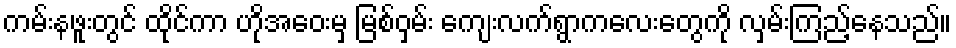
ကမ်းနဖူးတွင် ထိုင်ကာ ဟိုအဝေးမှ မြစ်ဝှမ်း ကျေးလက်ရွာကလေးတွေကို လှမ်းကြည့်နေသည်။